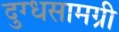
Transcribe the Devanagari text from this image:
दुग्धसामग्री